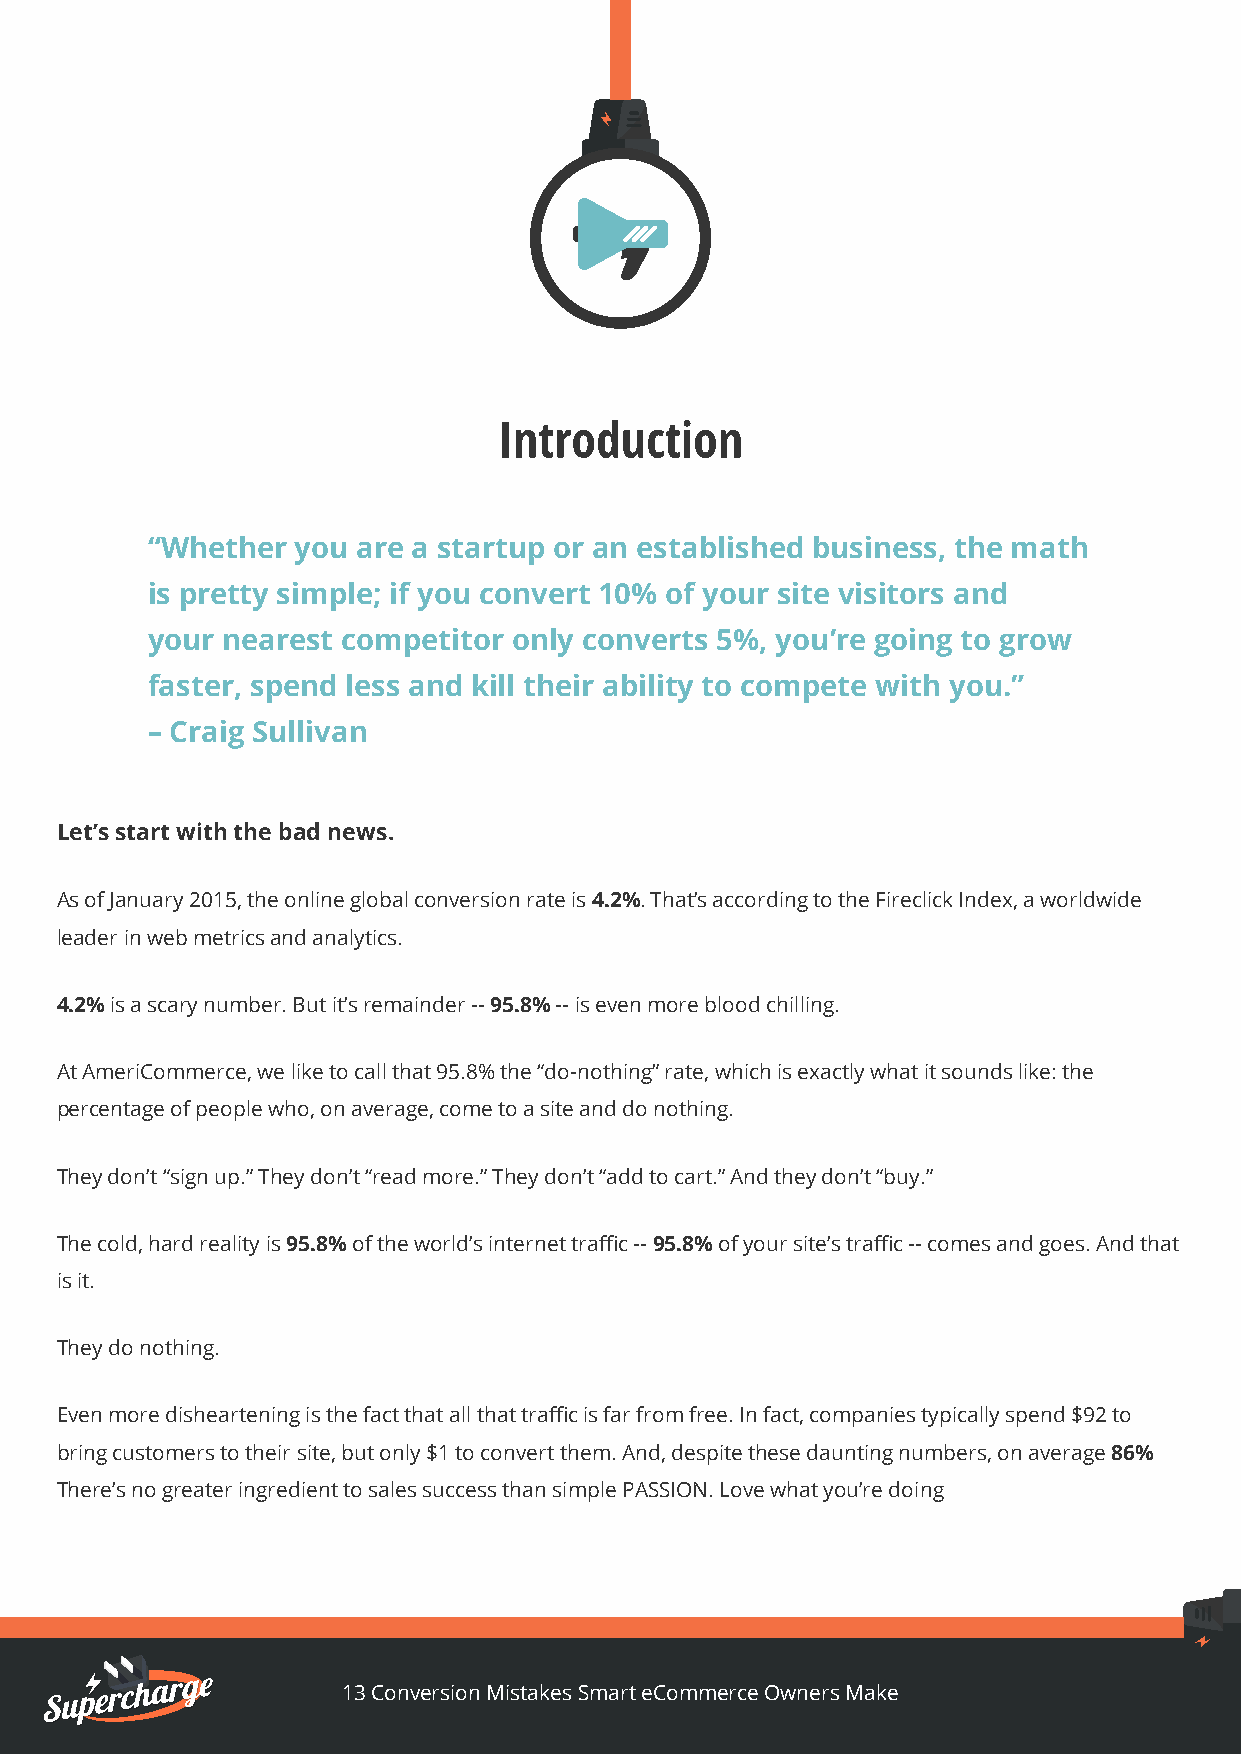
Introduction
 “Whether  you are a startup or an established business, the math
 is pretty simple; if you convert 10% of your site visitors and
 your nearest competitor only converts 5%, you’re going to grow
 faster, spend less and kill their ability to compete with you.”
 – Craig Sullivan
 Let’s start with the bad news.
 As of January 2015, the online global conversion rate is 4.2%. That’s according to the Fireclick Index, a worldwide
 leader in web metrics and analytics.
 4.2% is a scary number. But it’s remainder -- 95.8% -- is even more blood chilling.
 At AmeriCommerce, we like to call that 95.8% the “do-nothing” rate, which is exactly what it sounds like: the
 percentage of people who, on average, come to a site and do nothing.
 They don’t “sign up.” They don’t “read more.” They don’t “add to cart.” And they don’t “buy.”
 The cold, hard reality is 95.8% of the world’s internet traffic -- 95.8% of your site’s traffic -- comes and goes. And that
 is it.
 They do nothing.
 Even more disheartening is the fact that all that traffic is far from free. In fact, companies typically spend $92 to
 bring customers to their site, but only $1 to convert them. And, despite these daunting numbers, on average 86%
 There’s no greater ingredient to sales success than simple PASSION. Love what you’re doing
 13 Conversion Mistakes Smart eCommerce Owners Make